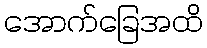
အောက်ခြေအထိ